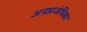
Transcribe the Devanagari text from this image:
अग्रप्रजंधिका